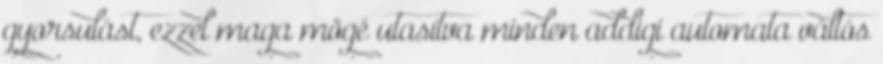
gyorsulást, ezzel maga mögé utasítva minden addigi automata váltós